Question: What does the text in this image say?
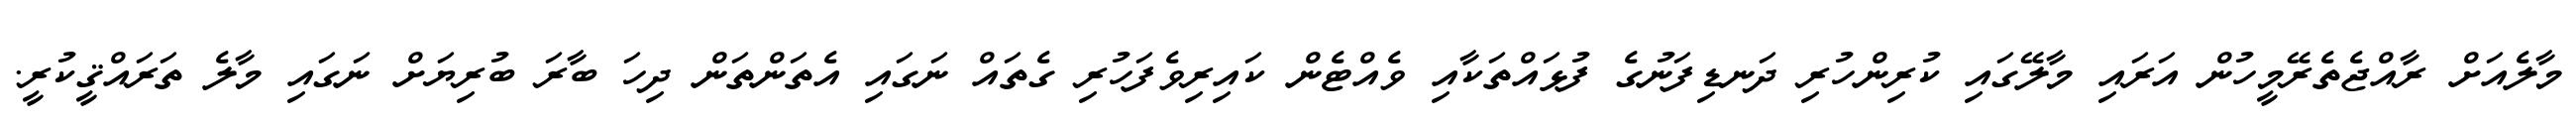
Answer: މާލެއަށް ރާއްޖެތެރޭމީހުން އަރައި މާލޭގައި ކުރިންހުރި ދަނޑިފަނުގެ ފުޅައްތަކާއި ވެއްޓެން ކައިރިވެފަހުރި ގެތައް ނަގައި އެތަންތަން ދިހަ ބާރަ ބުރިޔަށް ނަގައި މާލެ ތަރައްޤީކުރީ.